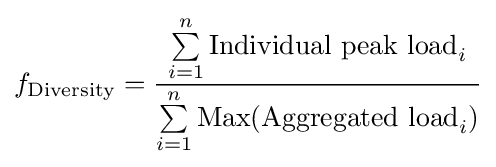
f_{\text{Diversity}}={\frac {\sum \limits _{i=1}^{n}{\text{Individual peak load}}_{i}}{\sum \limits _{i=1}^{n}{\text{Max}}({\text{Aggregated load}}_{i})}}